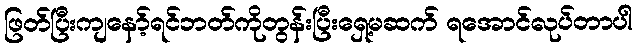
ဖြတ်ပြီးကျနော့်ရင်ဘတ်ကိုတွန်းပြီးရှေ့မဆက် ရအောင်လုပ်တာပါ